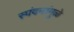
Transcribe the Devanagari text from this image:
स्पंदनांमुळे